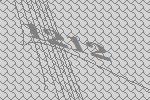
1212